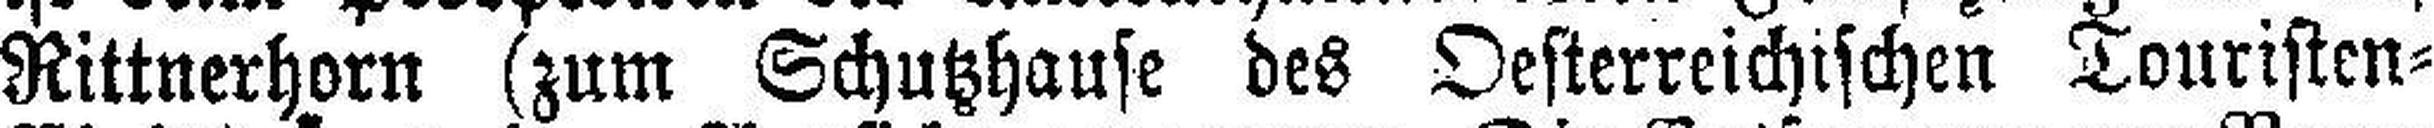
Rittnerhorn (zum Schutzhause des Oesterreichischen Touristen¬